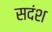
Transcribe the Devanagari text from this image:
सदंश